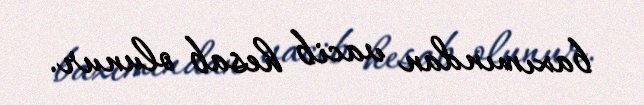
baxımından vacib hesab olunur.